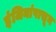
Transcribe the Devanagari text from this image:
इंजिनांपासून